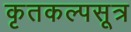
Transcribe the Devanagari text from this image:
कृतकल्पसूत्र